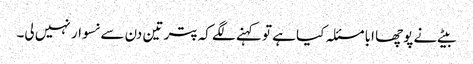
بیٹے نے پوچھا ابا مسئلہ کیا ہے تو کہنے لگے کہ پتر تین دن سے نسوار نہیں لی۔